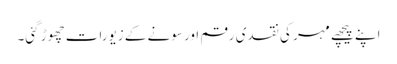
اپنے پیچھے مہر کی نقدی رقم اور سونے کے زیورات چھوڑ گئی۔